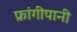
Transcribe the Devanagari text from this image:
फ्रांगीपानी